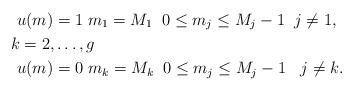
LaTeX: \begin{align*}& \ \ u(m) = 1\; m_1 = M_1 \; \; 0 \leq m_j \leq M_j - 1 \; \; j \ne 1,\\& \; k = 2, \dots, g\\& \ \ u(m) = 0\; m_k = M_k \; \; 0 \leq m_j \leq M_j - 1 \; \; \ j \ne k.\end{align*}